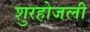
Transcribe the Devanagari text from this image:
शुरहोजली